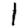
Digit: 1